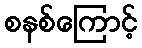
စနစ်ကြောင့်